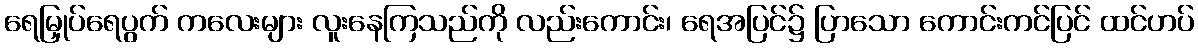
ရေမြှုပ်ရေပွက် ကလေးများ လူးနေကြသည်ကို လည်းကောင်း၊ ရေအပြင်၌ ပြာသော ကောင်းကင်ပြင် ထင်ဟပ်